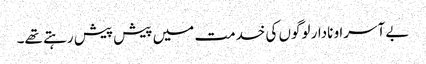
بے آسرا و نادار لوگوں کی خدمت میں پیش پیش رہتے تھے۔